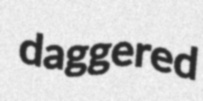
daggered